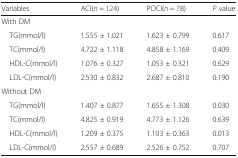
| Variables | ACI(n = 124) | POCI(n = 78) | P value |
 | --- | --- | --- | --- |
 | <COLSPAN=4> With DM |
 | TG(mmol/l) | 1.555 ± 1.021 | 1.623 ± 0.799 | 0.617 |
 | TC(mmol/l) | 4.722 ± 1.118 | 4.858 ± 1.169 | 0.409 |
 | HDL-C(mmol/l) | 1.076 ± 0.327 | 1.053 ± 0.321 | 0.629 |
 | LDL-C(mmol/l) | 2.530 ± 0.832 | 2.687 ± 0.810 | 0.190 |
 | <COLSPAN=4> Without DM |
 | TG(mmol/l) | 1.407 ± 0.877 | 1.655 ± 1.308 | 0.030 |
 | TC(mmol/l) | 4.825 ± 0.919 | 4.773 ± 1.126 | 0.639 |
 | HDL-C(mmol/l) | 1.209 ± 0.375 | 1.103 ± 0.363 | 0.013 |
 | LDL-C(mmol/l) | 2.557 ± 0.689 | 2.526 ± 0.752 | 0.707 |